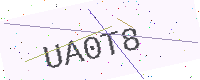
Text: UA0T8